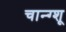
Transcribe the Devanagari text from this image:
चान्ग्शू